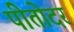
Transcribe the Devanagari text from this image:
पीतोदर